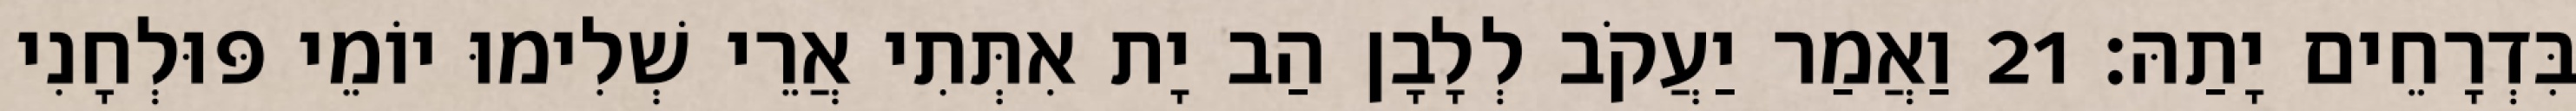
בִּדְרָחֵים יָתַהּ׃ 21 וַאֲמַר יַעֲקֹב לְלָבָן הַב יָת אִתְּתִי אֲרֵי שְׁלִימוּ יוֹמֵי פּוּלְחָנִי